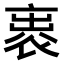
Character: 𧙦